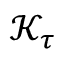
\mathcal { K } _ { \tau }